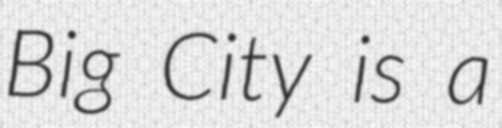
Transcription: Big City is a